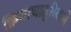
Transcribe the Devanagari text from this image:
क्रियाचातुरीवाले